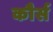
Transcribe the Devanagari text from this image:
कौर्स